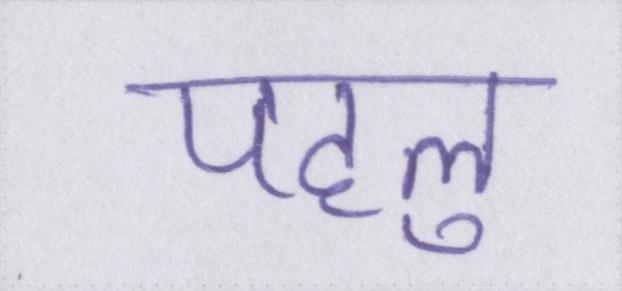
पहलु